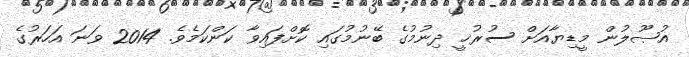
އުޞޫލުން މީޑިޔާއަށް ސުރުޚީ ދިނުމުގެ ބޭނުމުގައި ކޮށްފައިވާ ކަންކަމެވެ. 2014 ވަނަ އަހަރުގެ